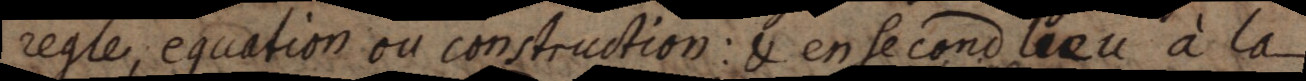
regle, equation ou construction: & en second lieu à la